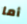
أما